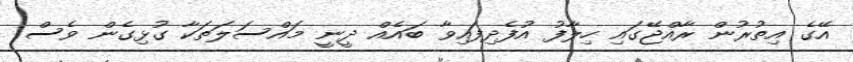
އޭގެ އިތުރުން ރާއްޖޭގައި ހިލާފު އުފެދިފައިވާ ބައެއް ދީނީ މައްސަލަތަކާ ގުޅިގެން ވެސް